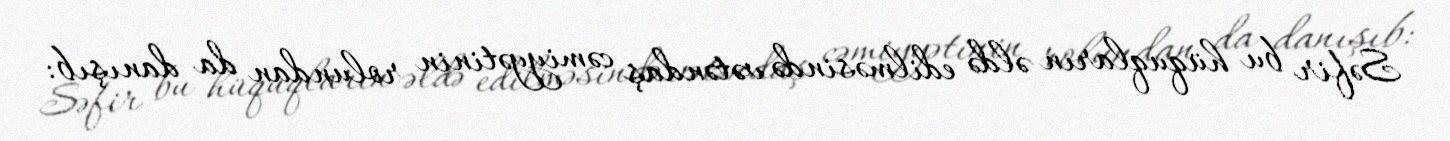
Səfir bu hüquqların əldə edilməsində vətəndaş cəmiyyətinin rolundan da danışıb: